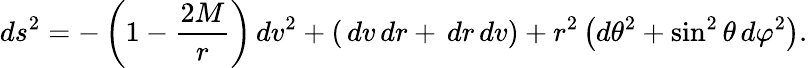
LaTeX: ds^{2}=-\left(1-{\frac{2M}{r}}\right)\, dv^{2}+(\, dv\, dr+\, dr\, dv)+r^{2}\left(d\theta^{2}+\sin^{2}\theta\, d\varphi^{2}\right).